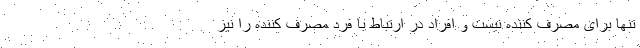
تنها برای مصرف کننده نیست و افراد در ارتباط با فرد مصرف کننده را نیز